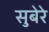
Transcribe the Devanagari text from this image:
सुबेरे